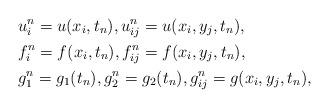
LaTeX: \begin{align*}&u_i^n=u(x_i,t_n),u_{ij}^n=u(x_i,y_j,t_n),\\&f^n_{i}=f(x_i,t_n),f^n_{ij}=f(x_i,y_j,t_n),\\&g_1^n=g_1(t_n),g_2^n=g_2(t_n),g_{ij}^n=g(x_i,y_j,t_n),\end{align*}